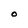
Character: O